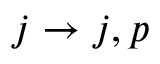
j \rightarrow j , p